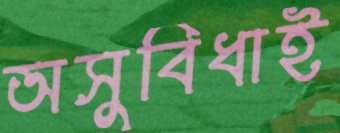
অসুবিধাই